Annual administration report of the Civil Veterinary Department, Sind - 1941-1942
Year: 1941
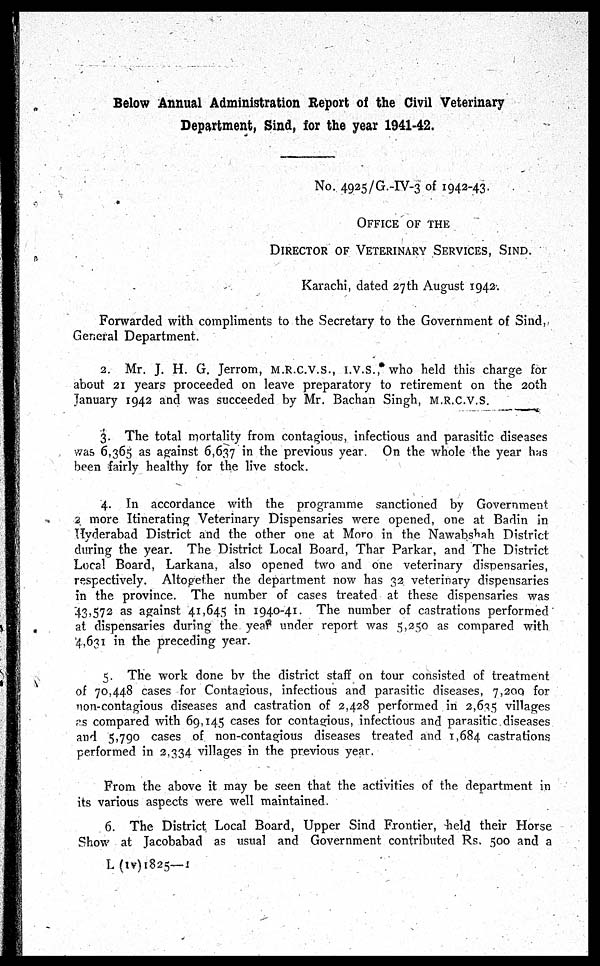
Below Annual Administration Report of the Civil Veterinary
Department, Sind, for the year 1941-42.
No. 4925/G.-IV-3 of 1942-43.
OFFICE OF THE
DIRECTOR OF VETERINARY SERVICES, SIND.
Karachi, dated 27th August 1942.
Forwarded with compliments to the Secretary to the Government of Sind,
General Department.
2. Mr. J. H. G. Jerrom, M.R.C.V.S., I.V.S., who held this charge for
about 21 years proceeded on leave preparatory to retirement on the 20th
January 1942 and was succeeded by Mr. Bachan Singh, M.R.C.V.S.
3. The total mortality from contagious, infectious and parasitic diseases
was 6,365 as against 6,637 in the previous year. On the whole the year has
been fairly healthy for the live stock.
4. In accordance with the programme sanctioned by Government
2 more Itinerating Veterinary Dispensaries were opened, one at Badin in
Hyderabad District and the other one at Moro in the Nawabshah District
during the year. The District Local Board, Thar Parkar, and The District
Local Board, Larkana, also opened two and one veterinary dispensaries,
respectively. Altogether the department now has 32 veterinary dispensaries
in the province. The number of cases treated at these dispensaries was
43,572 as against 41,645 in 1940-41. The number of castrations performed
at dispensaries during the year under report was 5,250 as compared with
4,631 in the preceding year.
5. The work done by the district staff on tour consisted of treatment
of 70,448 cases for Contagious, infectious and parasitic diseases, 7,200 for
non-contagious diseases and castration of 2,428 performed in 2,635 villages
as compared with 69,145 cases for contagious, infectious and parasitic diseases
and 5,790 cases of non-contagious diseases treated and 1,684 castrations
performed in 2,334 villages in the previous year.
From the above it may be seen that the activities of the department in
its various aspects were well maintained.
6. The District Local Board, Upper Sind Frontier, held their Horse
Show at Jacobabad as usual and Government contributed Rs. 500 and a
L (IV)1825—1